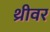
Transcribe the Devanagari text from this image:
थ्रीवर